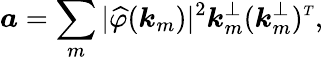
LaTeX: \boldsymbol{a}=\sum_{m}|\widehat{\varphi}(\boldsymbol{k}_{m})|^{2}\boldsymbol{k}_{m}^{\perp}(\boldsymbol{k}_{m}^{\perp})^{\scriptscriptstyle T},